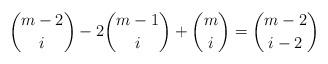
LaTeX: \begin{align*} \binom{m-2}{i} - 2 \binom{m-1}{i} + \binom{m}{i} = \binom{m-2}{i-2} \end{align*}